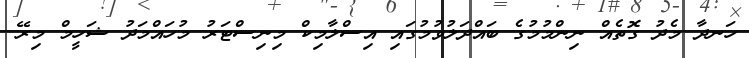
ހަނދާ މެދު ގޮތެއް ނިންމުމުގެ ބައްދަލުވުމުގައި އިސްލާމިކް މިނިސްޓަރު މުހައްމަދު ޝަހީމް މިރޭ